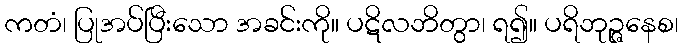
ကတံ၊ ပြုအပ်ပြီးသော အခင်းကို။ ပဋိလဘိတွာ၊ ရ၍။ ပရိဘုဉ္ဇနေစ၊